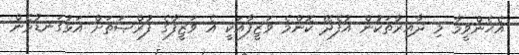
އެހެންވީމާ މި ދާއިރާތަކުން އުފެދޭ ކޮންމެ ވަޒީފާއަކީ އެ ވަޒީފާގެ ފުރްޞަތަށް އަޅުގަނޑުމެން